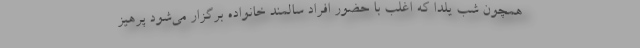
همچون شب یلدا که اغلب با حضور افراد سالمند خانواده برگزار می‌شود پرهیز